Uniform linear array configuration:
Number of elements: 16
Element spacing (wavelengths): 1
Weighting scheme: hann
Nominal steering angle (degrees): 45
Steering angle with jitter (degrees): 46.621
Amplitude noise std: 0.05
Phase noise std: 0.05

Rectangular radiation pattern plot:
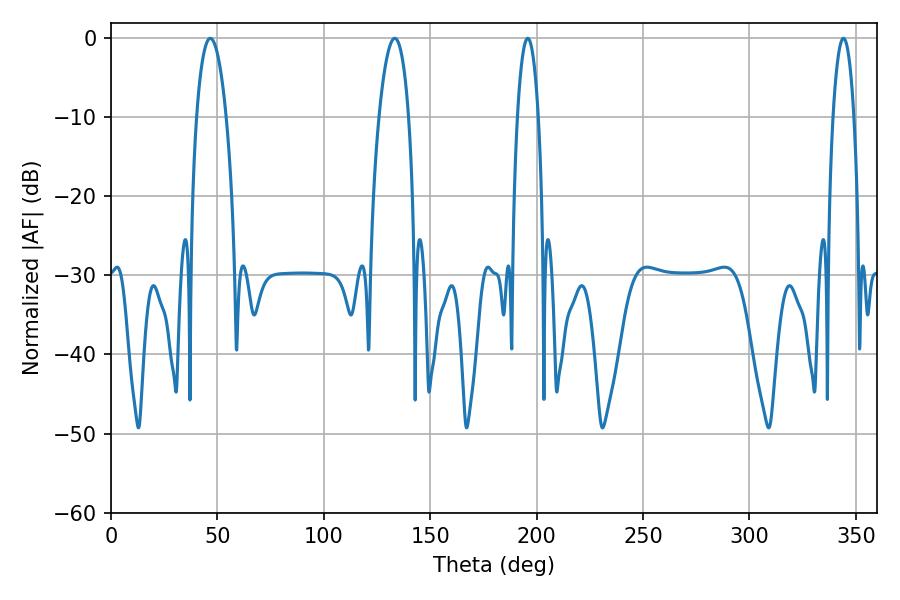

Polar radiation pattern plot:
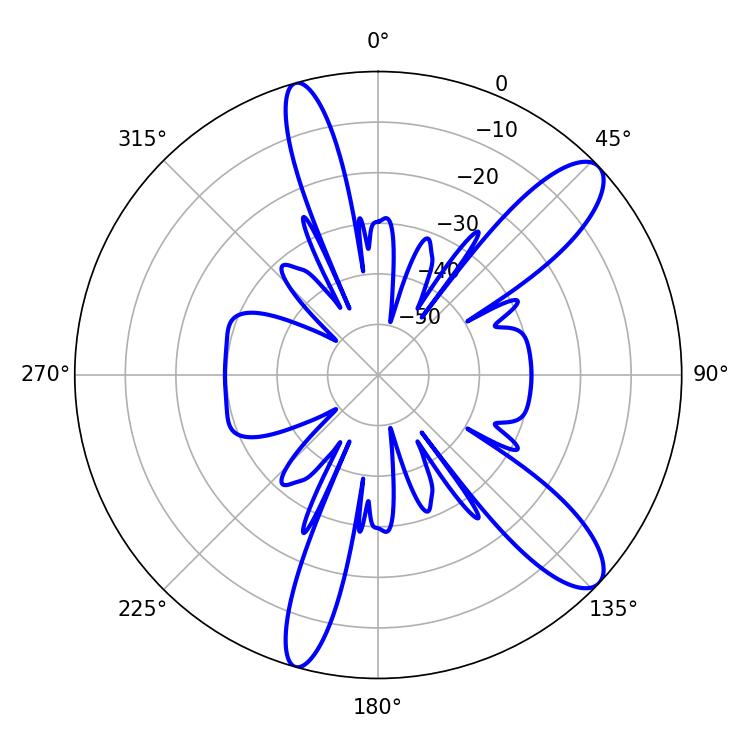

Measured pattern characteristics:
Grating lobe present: TRUE
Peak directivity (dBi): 11.106
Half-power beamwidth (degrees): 5.4
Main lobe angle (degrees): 195.84